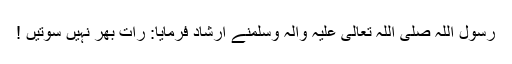
رسول اللہ صَلَّی اللہُ تَعَالٰی عَلَیْہِ وَاٰلِہٖ وَسَلَّمَنے ارشاد فرمایا: رات بھر نہیں سوتیں !